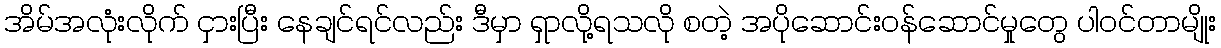
အိမ်အလုံးလိုက် ငှားပြီး နေချင်ရင်လည်း ဒီမှာ ရှာလို့ရသလို စတဲ့ အပိုဆောင်းဝန်ဆောင်မှုတွေ ပါဝင်တာမျိုး